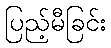
ပြည့်မီခြင်း